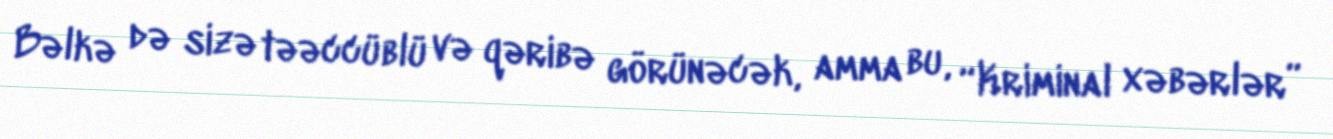
Bəlkə də sizə təəccüblü və qəribə görünəcək, amma bu, “Kriminal xəbərlər”